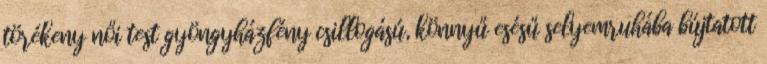
törékeny női test gyöngyházfény csillogású, könnyű esésű selyemruhába bújtatott